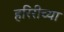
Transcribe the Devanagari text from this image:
हरिरीच्या